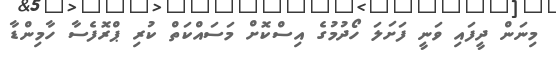
މިނަން ދީފައި ވަނީ ފަށަލަ ހޯދުމުގެ އިސްކޮށް މަސައްކަތް ކުރި ޕްރޮފެސާ ހާމިންޑާ